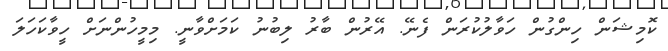
ކޮމިޝަން ހިންގުން ހަވާލުކުރަން ފެނޭ. އޭރުން ބާރު ލިބުނު ކަމަށްވާނީ. މިމީހުންނަށް ހީވާކަހަލަ